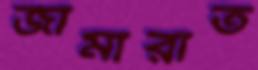
জামারাত